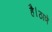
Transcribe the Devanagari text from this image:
है।ठाणे